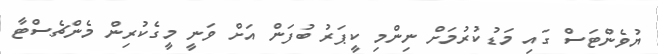
ޔުވެންޓަސް ގައި މަޑުކުރުމަށް ނިންމި ކީޕަރު ބުފަން އަށް ވަނީ މީގެކުރިން މެންޗެސްޓާ